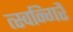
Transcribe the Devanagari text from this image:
त्स्वन्गिर्रै